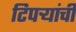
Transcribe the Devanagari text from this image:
टिपऱ्यांची